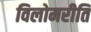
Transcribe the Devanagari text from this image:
विलोमरीति